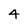
Character: 4